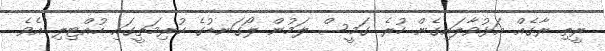
ރީތި ރާގެއް އަޅުވާލައިގެން ހުރެ ގަމީސް ލަމުން ލޯގަނޑުގެ ކުރިމަތީގައި ހުއްޓިލި އެވެ.